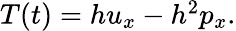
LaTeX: \begin{array}{r}{T(t)=hu_{x}-h^{2}p_{x}.}\end{array}